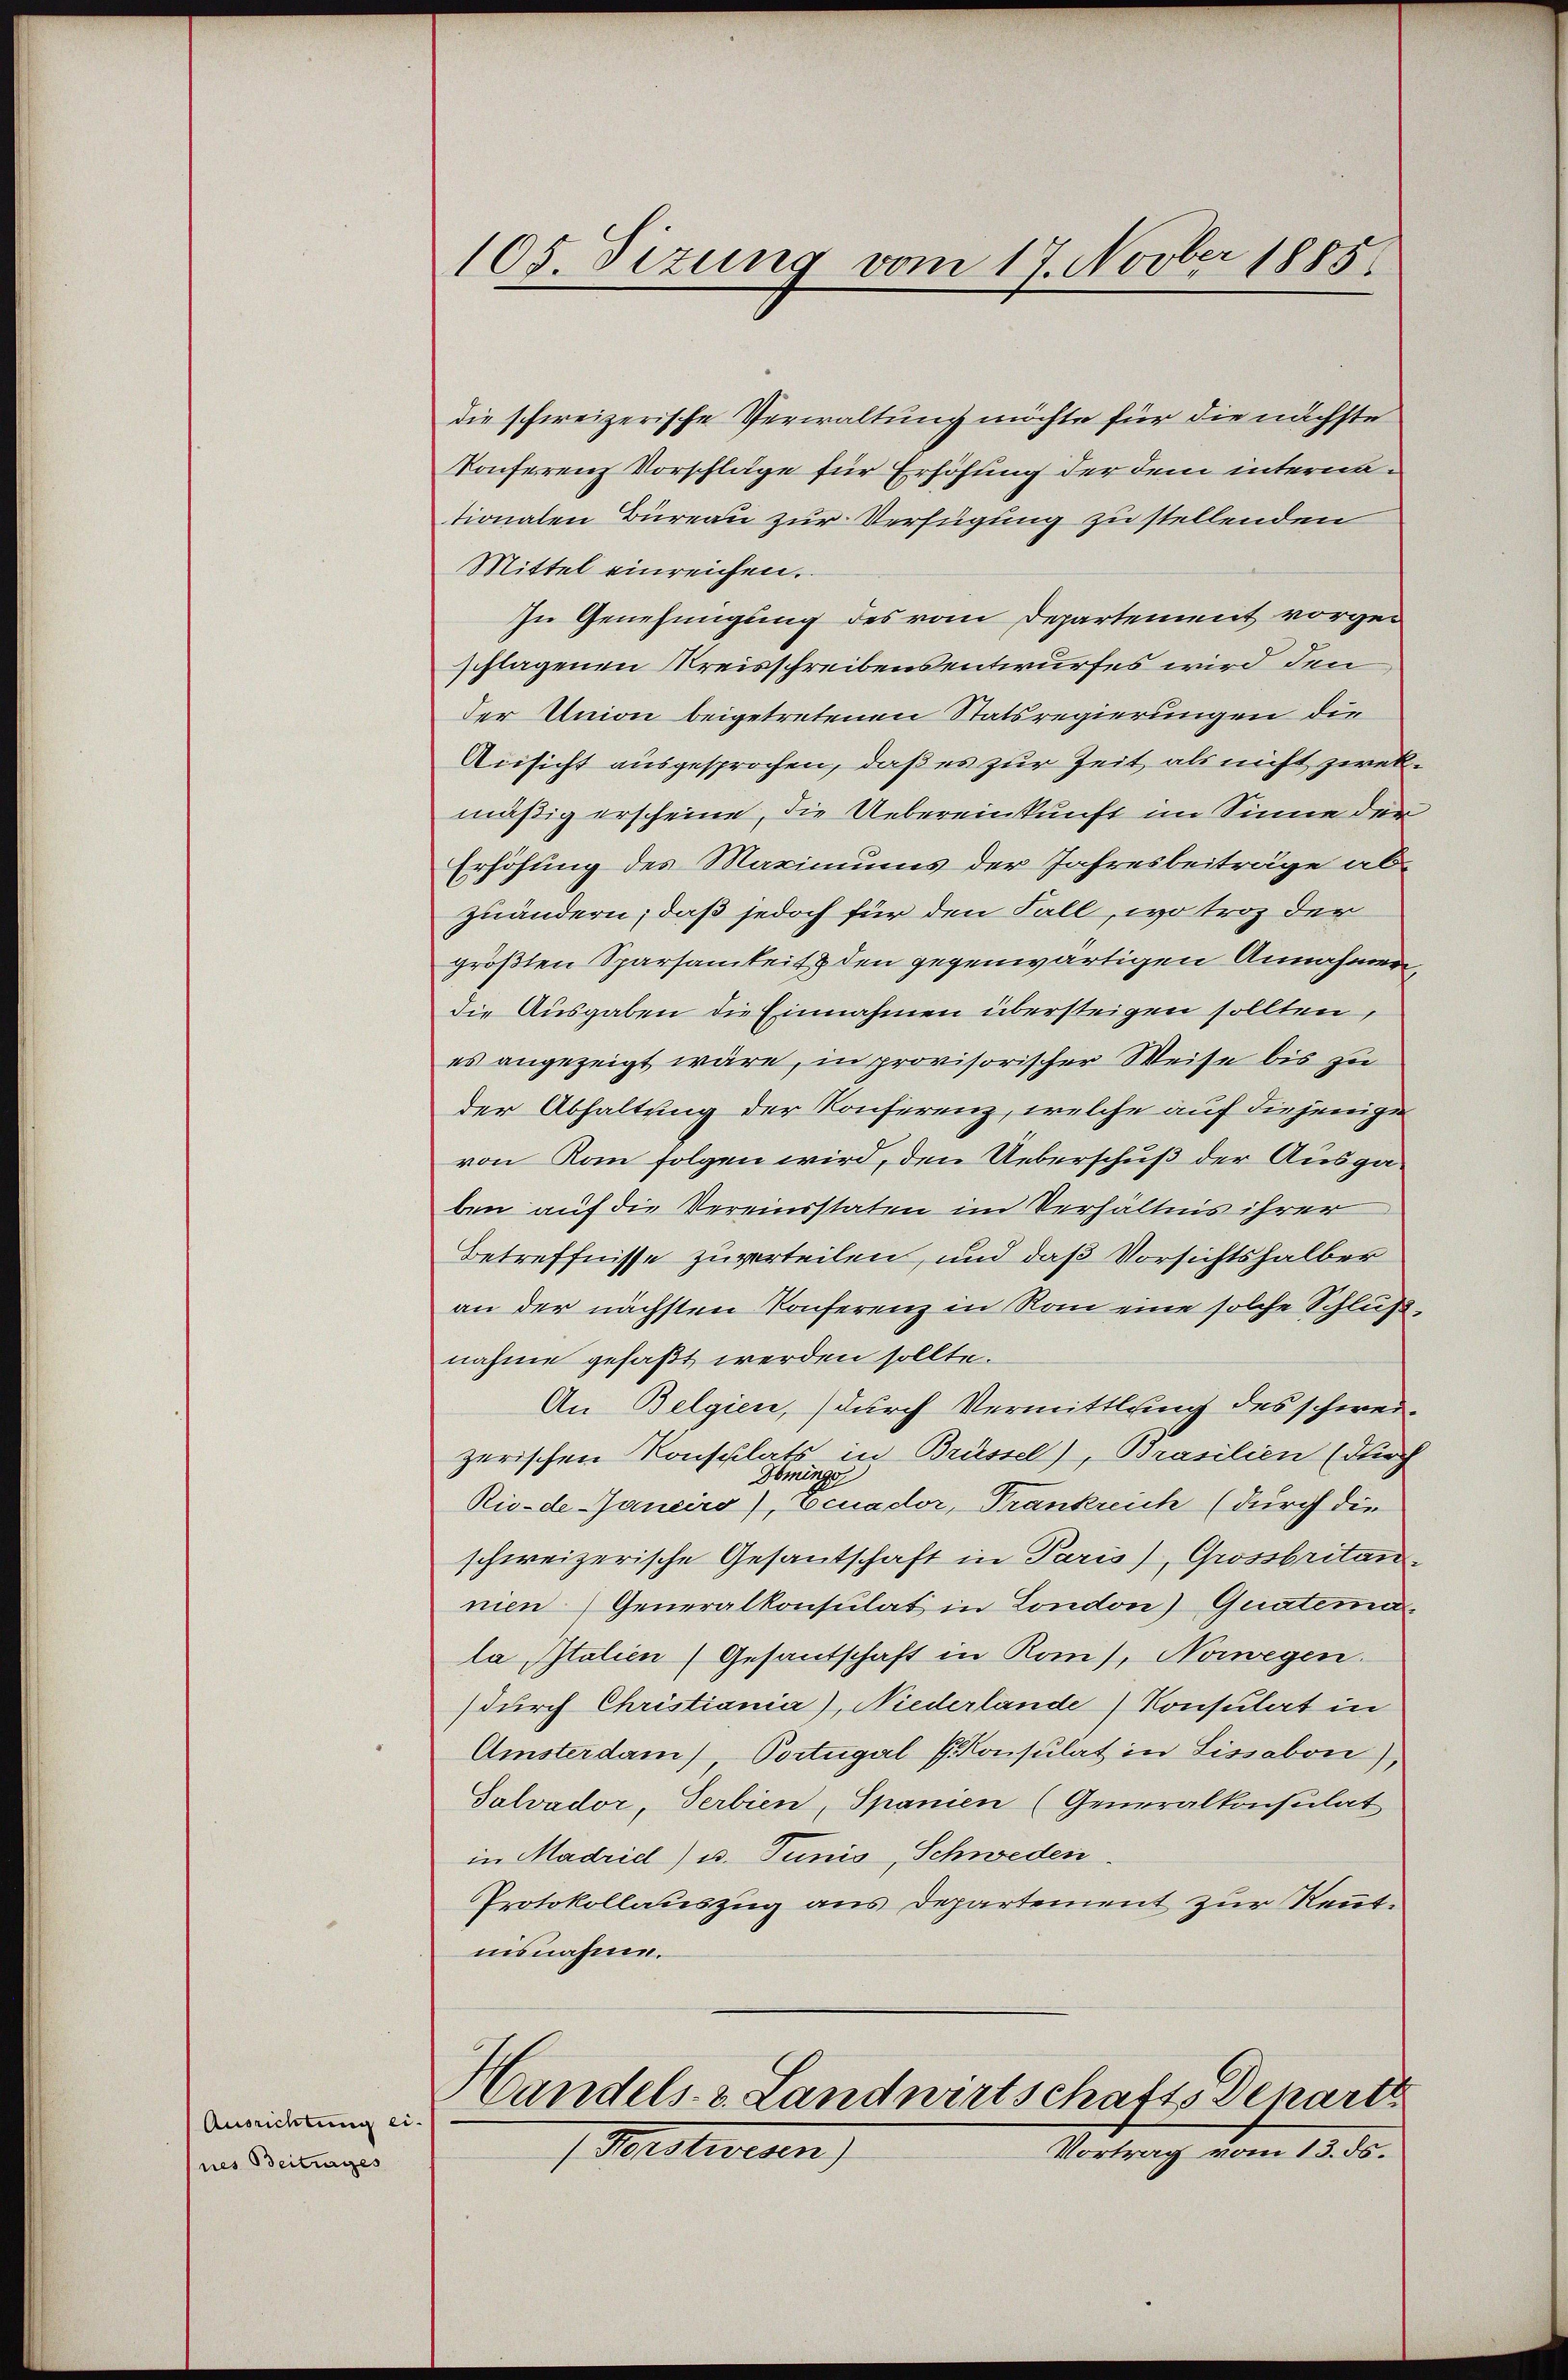
Ausrichtung ei
nes Beitrages

105. Sizung vom 17. Novber 1885

die schweizerische Verwaltung möchte für die nächste
Konferenz Vorschläge für Erhöhung der dem internationalen Büreau zur Verfügung zu stellenden
Mittel einreichen.
In Genehmigung des vom Departement vorgeschlagenen Kreisschreibensentwurfes wird den
der Union beigetretenen Statsregierungen die
Ansicht ausgesprochen, daß es zur Zeit als nicht zwekmäßig erscheine, die Uebereinkunft im Sinne der
Erhöhung des Maximums der Jahresbeiträge abzuändern; daß jedoch für den Fall, wo troz der
größten Sparsamkeit & den gegenwärtigen Annahmen,
die Ausgaben die Einnahmen übersteigen sollten,
es angezeigt wäre, in provisorischer Weise bis zu
der Abhaltung der Konferenz, welche auf diejenige
von Kam folgen wird, den Ueberschuß der Ausgaben auf die Vereinsstaten im Verhältnis ihrer
Betreffnisse zuverteilen, und daß Vorsichtshalber
an der nächsten Konferenz in Rom eine solche Schlußnahme gefaßt werden sollte.
An Belgien, durch Vermittlung des schweizerischen Konsulats in Brüssel), Brasilien (durch
Hbringe
Rio-de-Janeirs), Ecuador, Trankreich (durch die
schweizerische Gesantschaft in Paris), Grossbritannien) Generalkonsulat in London) Quatema
la Italien (Gesantschaft in Kons. Nowegen.
(durch Christiania), Niederlande) Konsulat in
Amsterdam), Portugal E. Konsulat in Lissabon),
Salvador, Serbien, Spanien (Generalkonsulat
in Madrid) u. Tunis, Schweden.
Protokollauszug aus Departement zur Kenntnisnahme.
Handels- u. Landwirtschafts Deparit
Vortrag vom 13. ds.
 Mastiven)